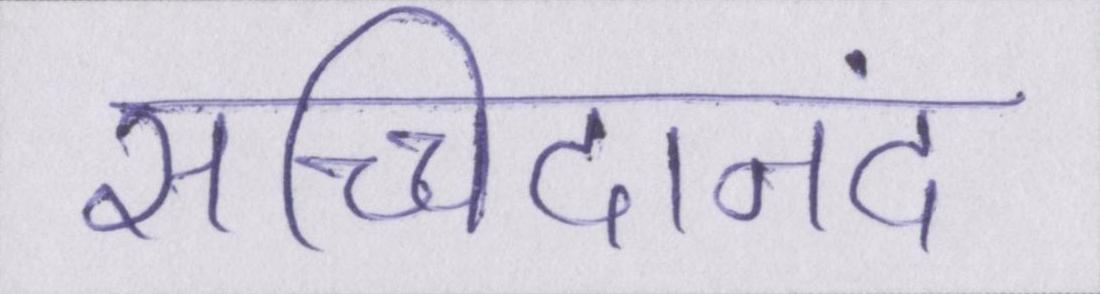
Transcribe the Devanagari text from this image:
सच्चिदानंद